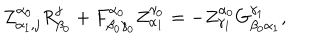
LaTeX: Z _ { \alpha _ { 1 } , j } ^ { \alpha _ { 0 } } R _ { \beta _ { 0 } } ^ { j } + F _ { \beta _ { 0 } \gamma _ { 0 } } ^ { \alpha _ { 0 } } Z _ { \alpha _ { 1 } } ^ { \gamma _ { 0 } } = - Z _ { \gamma _ { 1 } } ^ { \alpha _ { 0 } } G _ { \beta _ { 0 } \alpha _ { 1 } } ^ { \gamma _ { 1 } } ,